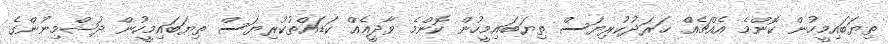
ތިޔަބައިމީހުން ކޮންމެ އެއްޗެއް ޚަރަދުކުރިޔަސް ތިޔަބައިމީހުން ކޮންމެ ވާދީއެއް ކަޑައްތުކުރިޔަސް ތިޔަބައިމީހުން ދުޝްމިނުންގެ